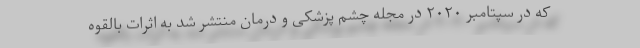
که در سپتامبر ۲۰۲۰ در مجله چشم پزشکی و درمان منتشر شد به اثرات بالقوه